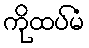
ကိုထပ်မံ